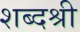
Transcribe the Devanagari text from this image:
शब्दश्री